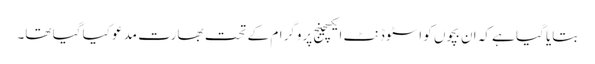
بتایا گیا ہے کہ ان بچوں کو اسٹوڈنٹ ایکسچینج پروگرام کے تحت بھارت مدعو کیا گیا تھا۔